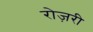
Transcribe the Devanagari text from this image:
रोज़री